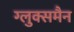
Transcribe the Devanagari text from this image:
ग्लुक्समैन